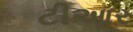
ટીઆર